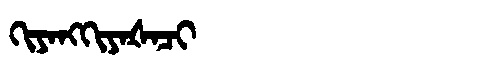
Manchu: ᡴᡳᠶᠠᠩᡴᡳᠶᠠᡧᠠᠴᡳ
Romanization: KIYANGKIYAŠACI